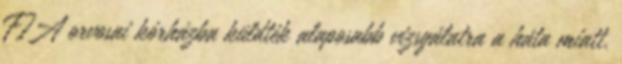
FIA orvosai kórházba küldték alaposabb vizsgálatra a háta miatt.